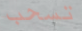
تسحب